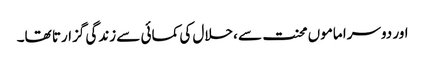
اور دوسرا ماموں محنت سے ،حلال کی کمائی سے زندگی گزارتا تھا۔